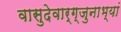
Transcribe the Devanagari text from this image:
वासुदेवार्ग्जुनाभ्यां